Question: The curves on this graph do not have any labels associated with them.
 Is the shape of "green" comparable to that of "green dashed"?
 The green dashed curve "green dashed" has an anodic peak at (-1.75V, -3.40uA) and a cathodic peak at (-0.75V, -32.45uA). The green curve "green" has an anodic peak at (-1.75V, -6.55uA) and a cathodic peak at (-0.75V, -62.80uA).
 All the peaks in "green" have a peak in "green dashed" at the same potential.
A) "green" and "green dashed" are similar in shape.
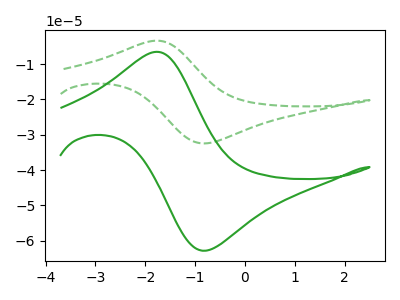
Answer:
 <answer>A) "green" and "green dashed" are similar in shape.</answer>
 <eval>A</eval>